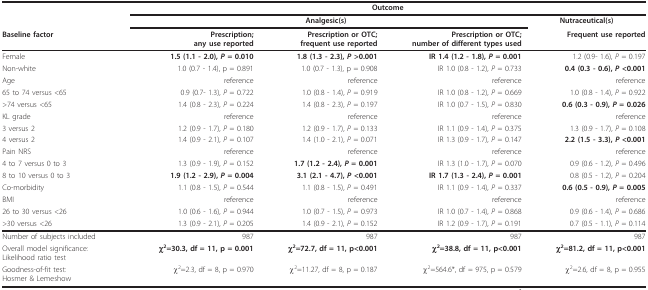
<table><thead><tr><td></td><td colspan="4"><b>Outcome</b></td></tr><tr><td></td><td colspan="3"><b>Analgesic(s)</b></td><td><b>Nutraceutical(s)</b></td></tr><tr><td><b>Baseline factor</b></td><td><b>Prescription;any use reported</b></td><td><b>Prescription or OTC;frequent use reported</b></td><td><b>Prescription or OTC;number of different types used</b></td><td><b>Frequent use reported</b></td></tr></thead><tbody><tr><td>Female</td><td><b>1.5 (1.1 - 2.0), <i>P </i>= 0.010</b></td><td><b>1.8 (1.3 - 2.3), <i>P </i>&gt;0.001</b></td><td><b>IR 1.4 (1.2 - 1.8), <i>P </i>= 0.001</b></td><td>1.2 (0.9- 1.6), <i>P </i>= 0.197</td></tr><tr><td>Non-white</td><td>1.0 (0.7 - 1.4), p = 0.891</td><td>1.0 (0.7 - 1.3), p = 0.908</td><td>IR 1.0 (0.8 - 1.2), <i>P </i>= 0.733</td><td><b>0.4 (0.3 - 0.6), <i>P </i>&lt;0.001</b></td></tr><tr><td>Age</td><td>reference</td><td>reference</td><td>reference</td><td>reference</td></tr><tr><td>65 to 74 versus &lt;65</td><td>0.9 (0.7- 1.3), <i>P </i>= 0.722</td><td>1.0 (0.8 - 1.4), <i>P </i>= 0.919</td><td>IR 1.0 (0.8 - 1.2), <i>P </i>= 0.669</td><td>1.0 (0.8 - 1.4), <i>P </i>= 0.922</td></tr><tr><td>&gt;74 versus &lt;65</td><td>1.4 (0.8 - 2.3), <i>P </i>= 0.224</td><td>1.4 (0.8 - 2.3), <i>P </i>= 0.197</td><td>IR 1.0 (0.7 - 1.5), <i>P </i>= 0.830</td><td><b>0.6 (0.3 - 0.9), <i>P </i>= 0.026</b></td></tr><tr><td>KL grade</td><td>reference</td><td>reference</td><td>reference</td><td>reference</td></tr><tr><td>3 versus 2</td><td>1.2 (0.9 - 1.7), <i>P </i>= 0.180</td><td>1.2 (0.9 - 1.7), <i>P </i>= 0.133</td><td>IR 1.1 (0.9 - 1.4), <i>P </i>= 0.375</td><td>1.3 (0.9 - 1.7), <i>P </i>= 0.108</td></tr><tr><td>4 versus 2</td><td>1.4 (0.9 - 2.1), <i>P </i>= 0.107</td><td>1.4 (1.0 - 2.1), <i>P </i>= 0.071</td><td>IR 1.3 (0.9 - 1.7), <i>P </i>= 0.147</td><td><b>2.2 (1.5 - 3.3), <i>P </i>&lt;0.001</b></td></tr><tr><td>Pain NRS</td><td>reference</td><td>reference</td><td>reference</td><td>reference</td></tr><tr><td>4 to 7 versus 0 to 3</td><td>1.3 (0.9 - 1.9), <i>P </i>= 0.152</td><td><b>1.7 (1.2 - 2.4), <i>P </i>= 0.001</b></td><td>IR 1.3 (1.0 - 1.7), <i>P </i>= 0.070</td><td>0.9 (0.6 - 1.2), <i>P </i>= 0.496</td></tr><tr><td>8 to 10 versus 0 to 3</td><td><b>1.9 (1.2 - 2.9), <i>P </i>= 0.004</b></td><td><b>3.1 (2.1 - 4.7), <i>P </i>&lt;0.001</b></td><td><b>IR 1.7 (1.3 - 2.4), <i>P </i>= 0.001</b></td><td>0.8 (0.5 - 1.2), <i>P </i>= 0.204</td></tr><tr><td>Co-morbidity</td><td>1.1 (0.8 - 1.5), <i>P </i>= 0.544</td><td>1.1 (0.8 - 1.5), <i>P </i>= 0.491</td><td>IR 1.1 (0.9 - 1.4), <i>P </i>= 0.337</td><td><b>0.6 (0.5 - 0.9), <i>P </i>= 0.005</b></td></tr><tr><td>BMI</td><td>reference</td><td>reference</td><td>reference</td><td>reference</td></tr><tr><td>26 to 30 versus &lt;26</td><td>1.0 (0.6 - 1.6), <i>P </i>= 0.944</td><td>1.0 (0.7 - 1.5), <i>P </i>= 0.973</td><td>IR 1.0 (0.7 - 1.4), <i>P </i>= 0.868</td><td>0.9 (0.6 - 1.4), <i>P </i>= 0.686</td></tr><tr><td>&gt;30 versus &lt;26</td><td>1.3 (0.9 - 2.1), <i>P </i>= 0.205</td><td>1.4 (0.9 - 2.1), <i>P </i>= 0.152</td><td>IR 1.2 (0.9 - 1.7), <i>P </i>= 0.191</td><td>0.7 (0.5 - 1.1), <i>P </i>= 0.114</td></tr><tr><td>Number of subjects included</td><td>987</td><td>987</td><td>987</td><td>987</td></tr><tr><td>Overall model significance:Likelihood ratio test</td><td><b>χ<sup>2</sup>=30.3, df = 11, p = 0.001</b></td><td><b>χ<sup>2</sup>=72.7, df = 11, p&lt;0.001</b></td><td><b>χ<sup>2</sup>=38.8, df = 11, p&lt;0.001</b></td><td><b>χ<sup>2</sup>=81.2, df = 11, p&lt;0.001</b></td></tr><tr><td>Goodness-of-fit test:Hosmer &amp; Lemeshow</td><td>χ<sup>2</sup>=2.3, df = 8, p = 0.970</td><td>χ<sup>2</sup>=11.27, df = 8, p = 0.187</td><td>χ<sup>2</sup>=564.6*, df = 975, p = 0.579</td><td>χ<sup>2</sup>=2.6, df = 8, p = 0.955</td></tr></tbody></table>